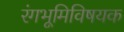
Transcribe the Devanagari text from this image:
रंगभूमिविषयक